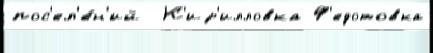
пос'ел'е́н'ий  К'ир'илловка Ф'едотовка